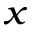
_ { x }